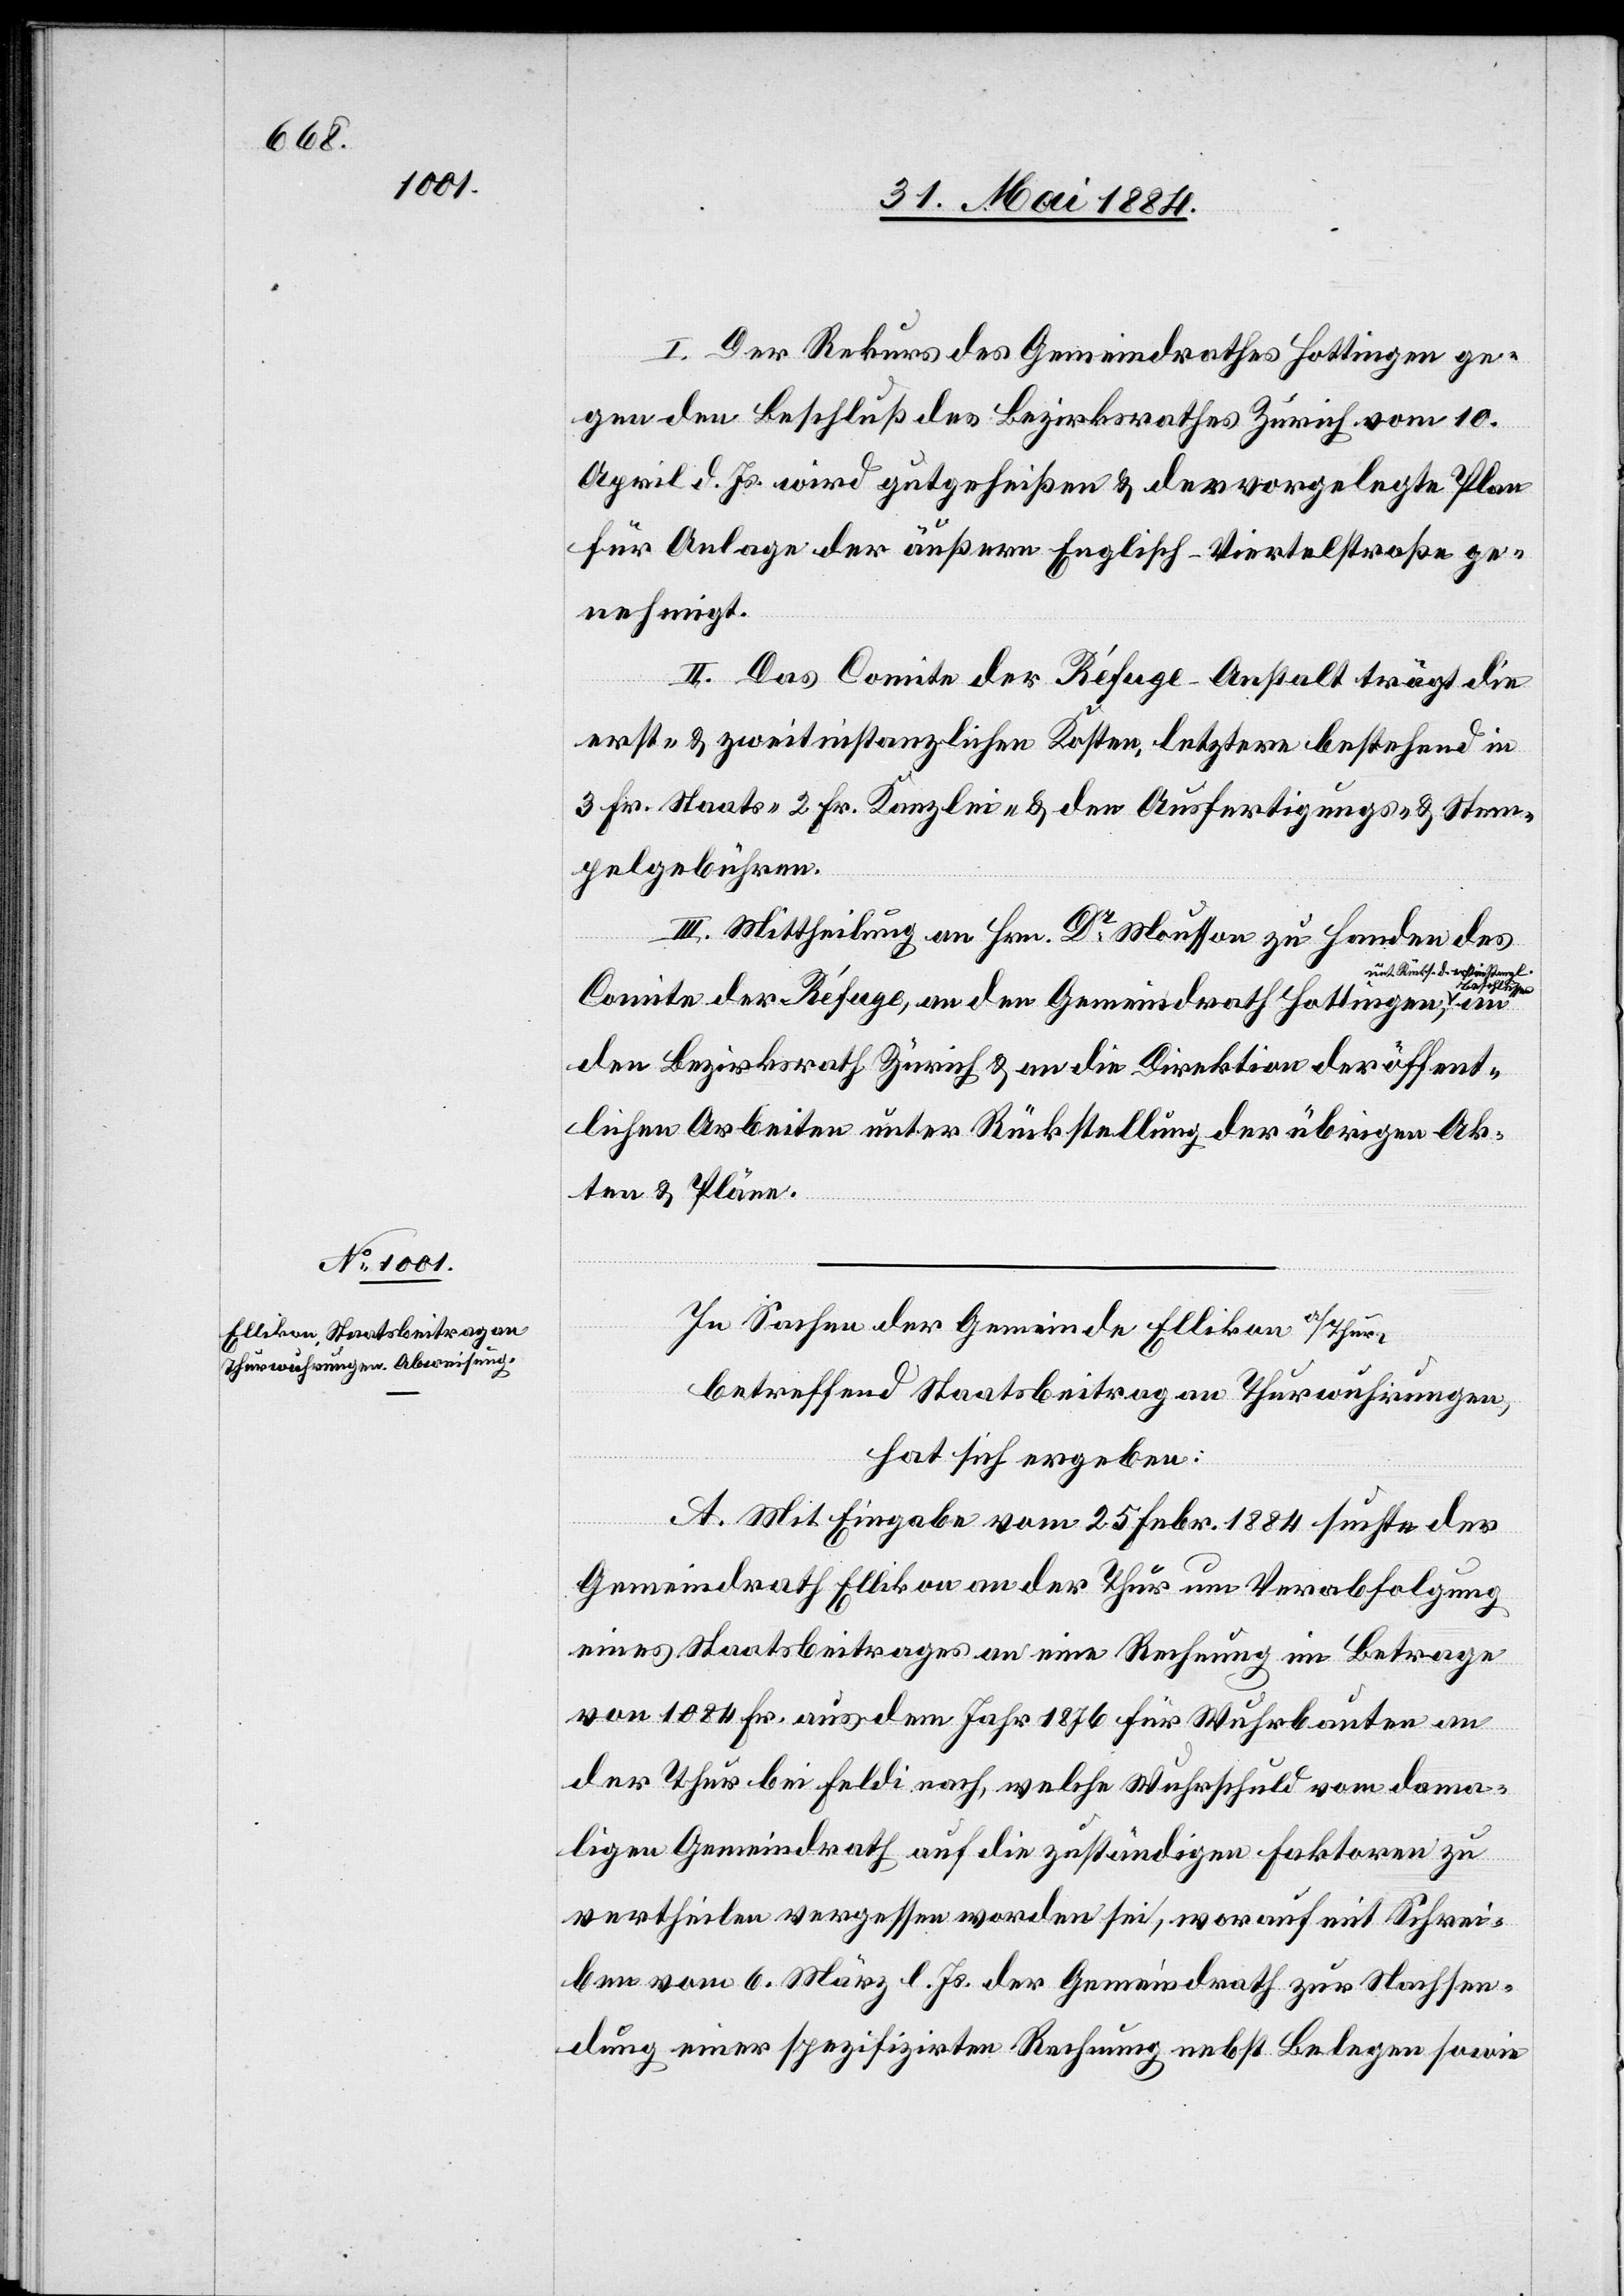
I. Der Rekurs des Gemeindrathes Hottingen ge¬
gen den Beschluß des Bezirksrathes Zürich vom 10.
April d. Js. wird gutgeheißen & der vorgelegte Plan
für Anlage der äußern Englisch-Viertelstraße ge¬
nehmigt.
II. Das Comite der Réfuge-Anstalt trägt die
erst- & zweitinstanzlichen Koten, letztere bestehend in
3 Fr. Staats-[,] 2 Fr. Kanzlei- & den Ausfertigungs- & Stem¬
pelgebühren.
III. Mittheilung an Hrn. Dr Mousson zu Handen des
it Rücks. d. erstinstanzl.
Beschlüsse-a,
Comite der Réfuge, an den Gemeindrath Hottingen a-m¬
den Bezirksrath Zürich & an die Direktion der öffent¬
lichen Arbeiten unter Rückstellung der übrigen Ak¬
ten & Pläne.
In Sachen der Gemeinde Ellikon a/Thur,
betreffend Staatsbeitrag an Thurwuhrungen,
hat sich ergeben:
an
A. Mit Eingabe vom 25. Febr. 1884 suchte der
Gemeindrath Ellikon an der Thur um Verabfolgung
eines Staatsbeitrages an eine Rechnung im Betrage
von 1084 Fr. aus dem Jahr 1876 für Wuhrbauten an
der Thur bei Feldi nach, welche Wuhrschuld vom dama¬
ligen Gemeindrath auf die zuständigen Faktoren zu
vertheilen vergessen worden sei, worauf mit Schrei¬
ben vom 6. März l. Js. der Gemeindrath zur Nachsen¬
dung einer spezifizirten Rechnung nebst Belegen sowie